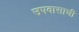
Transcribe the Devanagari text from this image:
उपवासाची